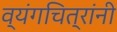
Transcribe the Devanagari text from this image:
व्यंगचित्रांनी